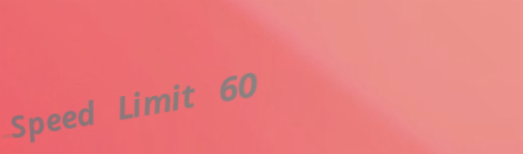
Speed Limit 60